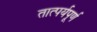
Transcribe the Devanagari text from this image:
तात्पर्यपूर्ण